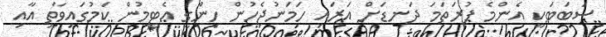
ސަބަބަކީ އެންމެ ފުރަތަމަ ދަނޑަށް އަރައި ހަމަނުޖެހުން ހިންގީ އެޓީމުން ކަމުގައިވާތީ އާއި